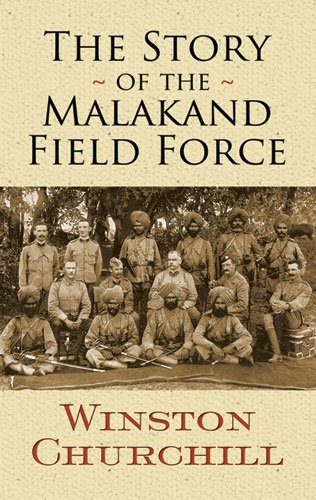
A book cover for The Story of the Malakand Field Force (Dover Military History, Weapons, Armor); Winston Churchill; History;